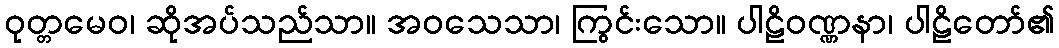
ဝုတ္တမေဝ၊ ဆိုအပ်သည်သာ။ အဝသေသာ၊ ကြွင်းသော။ ပါဠိဝဏ္ဏနာ၊ ပါဠိတော်၏